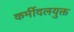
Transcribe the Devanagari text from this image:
कर्मीदलयुक्त